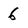
Character: 6